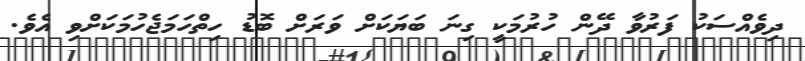
ދިވެއްސަކު ފަރުވާ ދޭން ހުރުމަކީ ގިނަ ބަޔަކަށް ވަރަށް ބޮޑު ހިތްހަމަޖެހުމަކަށްވި އެވެ.